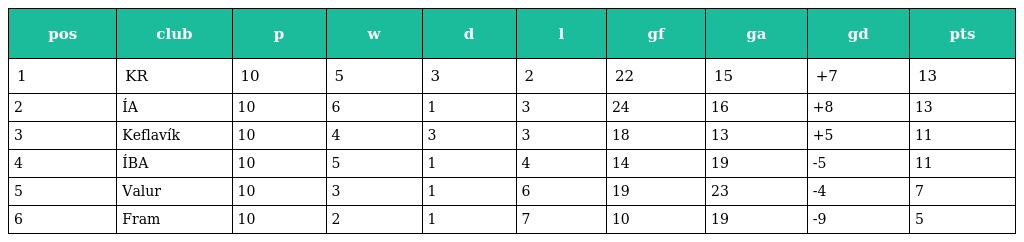
| pos | club | p | w | d | l | gf | ga | gd | pts |
 | --- | --- | --- | --- | --- | --- | --- | --- | --- | --- |
 | 1 | KR | 10 | 5 | 3 | 2 | 22 | 15 | +7 | 13 |
 | 2 | ÍA | 10 | 6 | 1 | 3 | 24 | 16 | +8 | 13 |
 | 3 | Keflavík | 10 | 4 | 3 | 3 | 18 | 13 | +5 | 11 |
 | 4 | ÍBA | 10 | 5 | 1 | 4 | 14 | 19 | -5 | 11 |
 | 5 | Valur | 10 | 3 | 1 | 6 | 19 | 23 | -4 | 7 |
 | 6 | Fram | 10 | 2 | 1 | 7 | 10 | 19 | -9 | 5 |